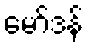
မော်ဒန်